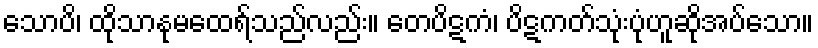
သောပိ၊ ထိုသာနုမထေရ်သည်လည်း။ တေပိဋကံ၊ ပိဋကတ်သုံးပုံဟူဆိုအပ်သော။